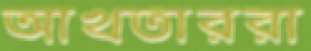
আখতাররা